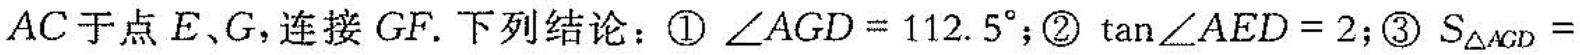
AC于点E、G，连接GF。下列结论：① $$\angle AGD=112.5^{\circ}$$;② $$tan\angle AED=2$$;③S_{\triangle AGD}=